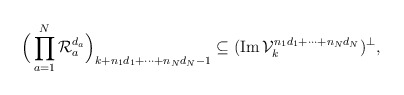
\begin{align*}\Big(\prod_{a=1}^N\mathcal R_a^{d_a}\Big)_{k+n_1d_1+\cdots +n_Nd_N-1}\subseteq (\operatorname{Im}\mathcal V_k^{n_1d_1+\cdots +n_Nd_N})^\perp,\end{align*}